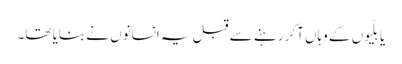
یا بلّیوں کے وہاں آکر رہنے سے قبل یہ انسانوں نے بنایا تھا۔